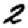
Digit: 2